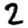
Digit: 2